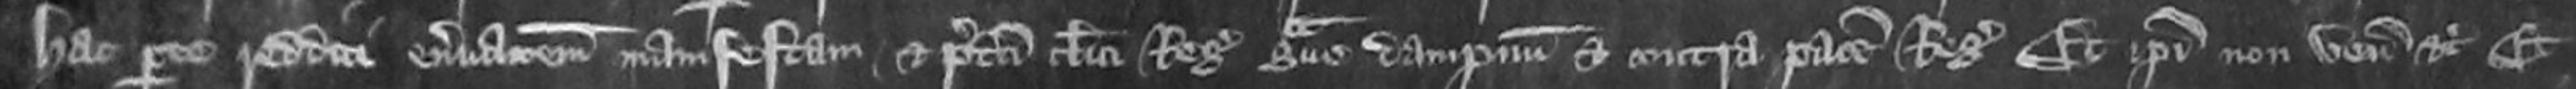
hac parte redditi enervacionem manifestam et predicti clerici Regis grave dampnum et contra pacem Regis Et ipsi non veniunt etc Et